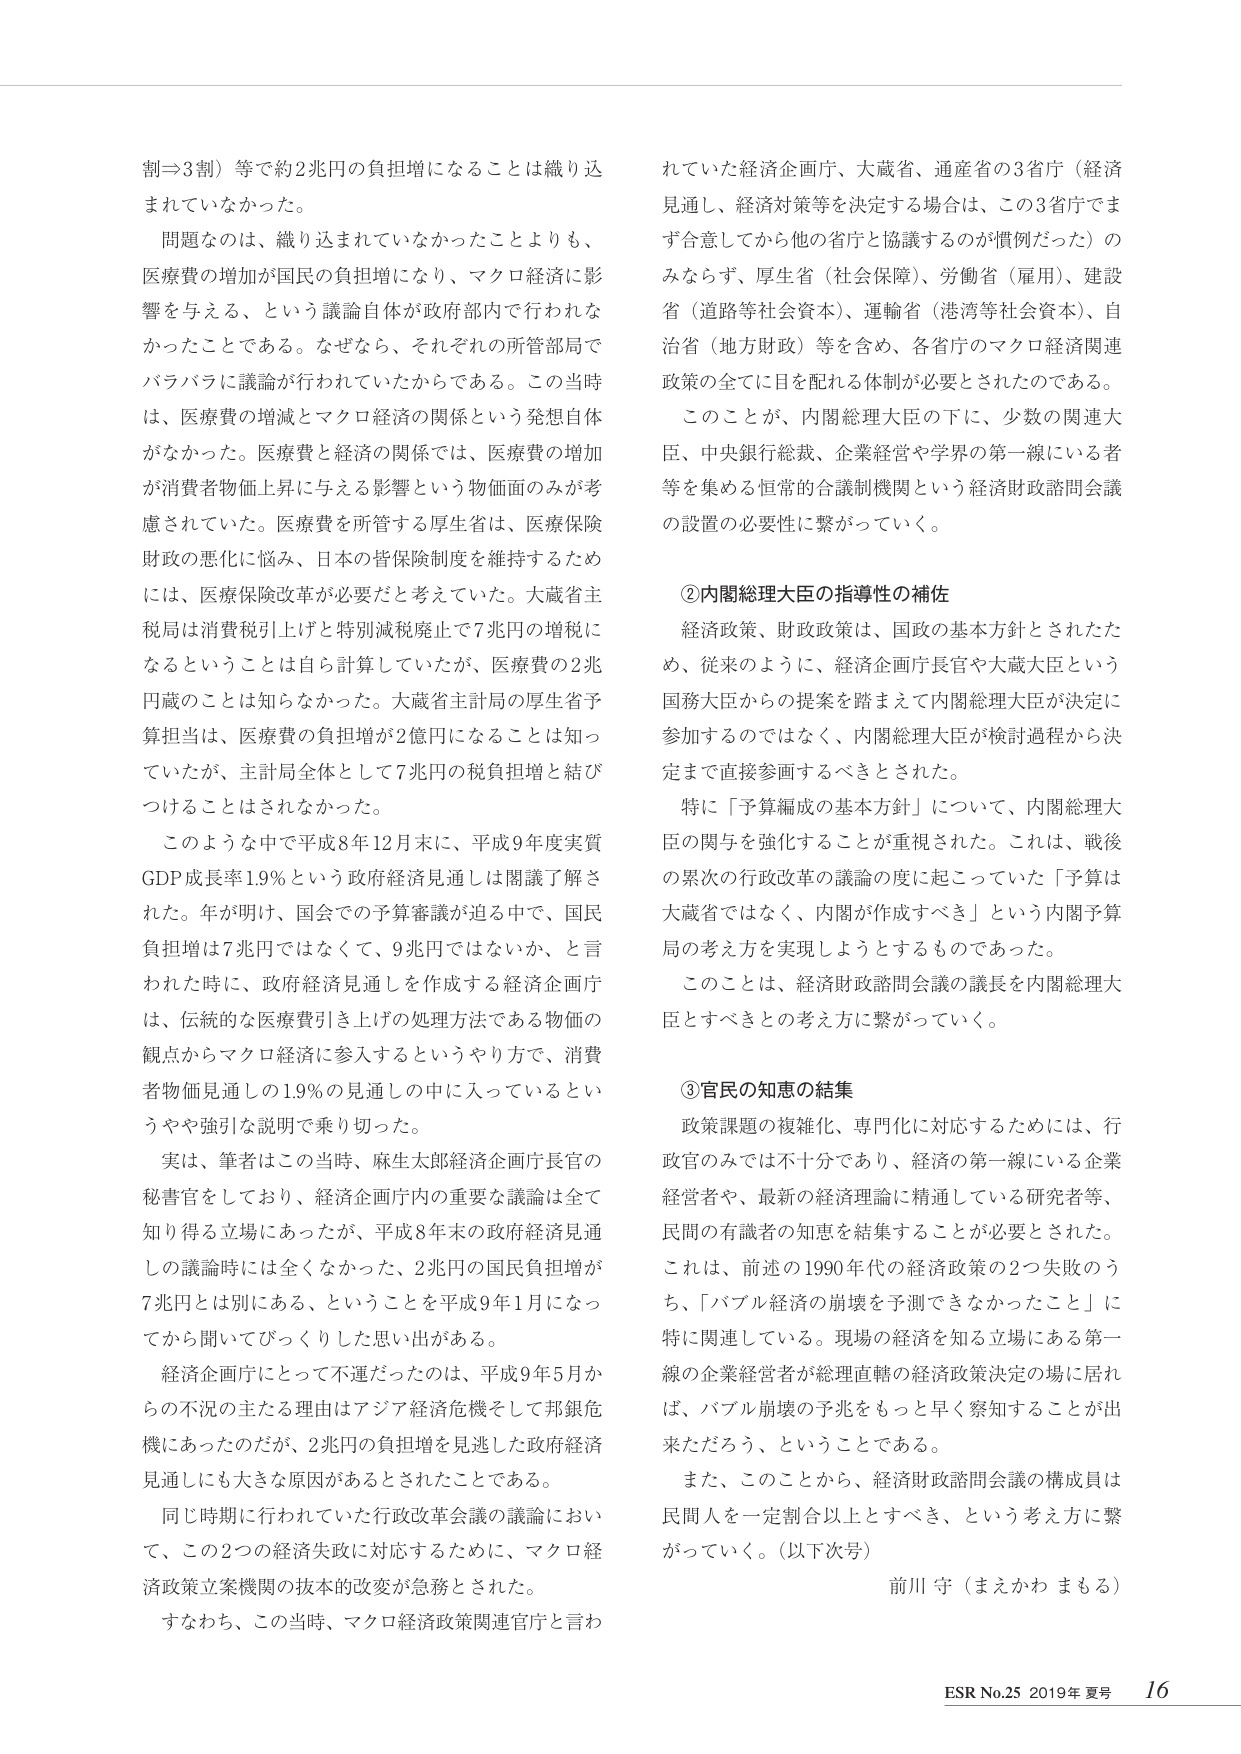
制⇒3割）等で約2兆円の負担増になることは織り込まれていなかった。

問題なのは、織り込まれていなかったことよりも、医療費の増加が国民の負担増になり、マクロ経済に影響を与える、という議論自体が政府部内で行われなかったことである。なぜなら、それぞれの所管部局でバラバラに議論が行われていたからである。この当時は、医療費の増減とマクロ経済の関係という発想自体がなかった。医療費と経済の関係では、医療費の増加が消費者物価上昇に与える影響という物価面のみが考慮されていた。医療費を所管する厚生省は、医療保険財政の悪化に悩み、日本の皆保険制度を維持するためには、医療保険改革が必要だと考えていた。大蔵省主税局は消費税引上げと特別減税廃止で7兆円の増税になるということは自ら計算していたが、医療費の2兆円減のことは知らなかった。大蔵省主税局の厚生省予算担当は、医療費の負担増が2億円になることは知っていたが、主計局全体として7兆円の税負担増と結びつけることはされなかった。

このような中で平成8年12月末に、平成9年度実質GDP成長率1.9％という政府経済見通しは議論了解された。年が明け、国会での予算審議が迫る中で、国民負担増は7兆円ではなくて、9兆円ではないか、と言われた時に、政府経済見通しを作成する経済企画庁は、伝統的な医療費引き上げの処理方法である物価の観点からマクロ経済に参入するというやり方で、消費者物価見通しの1.9％の見通しの中に入っているというやや強引な説明で乗り切った。

実は、筆者はこの当時、麻生太郎経済企画庁長官の秘書官をしており、経済企画庁内の重要な議論は全て知り得る立場にあったが、平成8年末の政府経済見通しの議論時には全くなかった、2兆円の国民負担増が7兆円とは別にある、ということを平成9年1月になってから聞いてびっくりした思い出がある。

経済企画庁にとって不運だったのは、平成9年5月からの不況の主たる理由はアジア経済危機そして邦銀危機にあったのだが、2兆円の負担増を見逃した政府経済見通しにも大きな原因があるとされたことである。

同じ時期に行われていた行政改革会議の議論において、この2つの経済失敗に対応するために、マクロ経済政策立案機関の抜本的変更が急務とされた。

すなわち、この当時、マクロ経済政策関連官庁と言われていた経済企画庁、大蔵省、通産省の3省庁（経済見通し、経済対策等を決定する場合は、この3省庁でまず合意してから他の省庁と協議するのが慣例だった）のみならず、厚生省（社会保障）、労働省（雇用）、建設省（道路等社会資本）、運輸省（港湾等社会資本）、自治省（地方財政）等を含め、各省庁のマクロ経済関連政策の全てに目を配れる体制が必要とされたのである。

このことが、内閣総理大臣の下に、少数の関連大臣、中央銀行総裁、企業経営や学界の第一線にいる者等を集める恒常的合議制機関という経済財政諮問会議の設置の必要性に繋がっていく。

②内閣総理大臣の指導性の補佐

経済政策、財政政策は、国政の基本方針とされたため、従来のように、経済企画庁長官や大蔵大臣という国務大臣からの提案を踏まえて内閣総理大臣が決定に参加するのではなく、内閣総理大臣が検討過程から決定まで直接参画するべきとされた。

特に「予算編成の基本方針」について、内閣総理大臣の関与を強化することが重視された。これは、戦後の累次の行政改革の議論の度に起こっていた「予算は大蔵省ではなく、内閣が作成すべき」という内閣予算局の考え方を実現しようとするものであった。

このことは、経済財政諮問会議の議長を内閣総理大臣とすべきとの考え方に繋がっていく。

③官民の知恵の結集

政策課題の複雑化、専門化に対応するためには、行政官のみでは不十分であり、経済の第一線にいる企業経営者や、最新の経済理論に精通している研究者等、民間の有識者の知恵を結集することが必要とされた。これは、前述の1990年代の経済政策の2つ失敗のうち、「バブル経済の崩壊を予測できなかったこと」に特に関連している。現場の経済を知る立場にある第一線の企業経営者が総理直轄の経済政策決定の場に居れば、バブル崩壊の予兆をもっと早く察知することが出来ただろう、ということである。

また、このことから、経済財政諮問会議の構成員は民間人を一定割合以上とすべき、という考え方に繋がっていく。（以下次号）

前川 守（まえかわ まもる）

ESR No.25 2019年 夏号 16